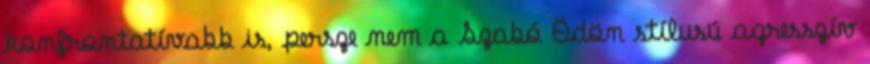
konfrontatívabb is, persze nem a Szabó Ödön stílusú agresszív